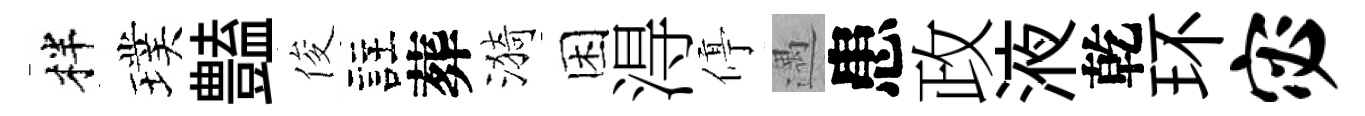
柈璞𧰟俊註葬漪困淂停遇患政液乾环宓